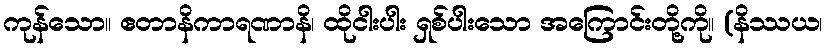
ကုန်သော။ ဧတာနိကာရဏာနိ၊ ထိုငါးပါး ရှစ်ပါးသော အကြောင်းတို့ကို။ (နိဿယ၊